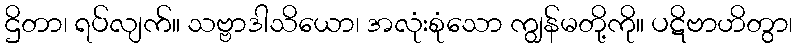
ဌိတာ၊ ရပ်လျက်။ သဗ္ဗာဒါသိယော၊ အလုံးစုံသော ကျွန်မတို့ကို။ ပဋိဗာဟိတွာ၊